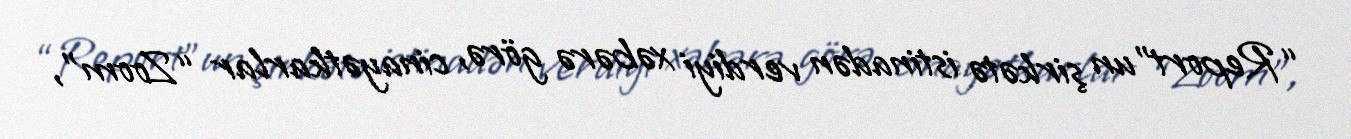
“Report”un şirkətə istinadən verdiyi xəbərə görə, cinayətkarlar “Zoom”,